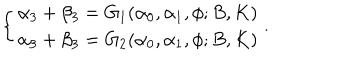
\left\{ \begin{array} { l l } { { \alpha _ { 3 } + \beta _ { 3 } = G _ { 1 } ( \alpha _ { 0 } , \alpha _ { 1 } , \phi ; B , K ) } } \\ { { \alpha _ { 3 } + \beta _ { 3 } = G _ { 2 } ( \alpha _ { 0 } , \alpha _ { 1 } , \phi ; B , K ) } } \\ \end{array} \right. .